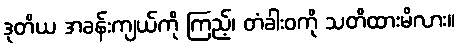
ဒုတိယ အခန်းကျယ်ကို ကြည့်၊ တံခါးဝကို သတိထားမိလား။